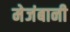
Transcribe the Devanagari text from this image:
मेजंबानी